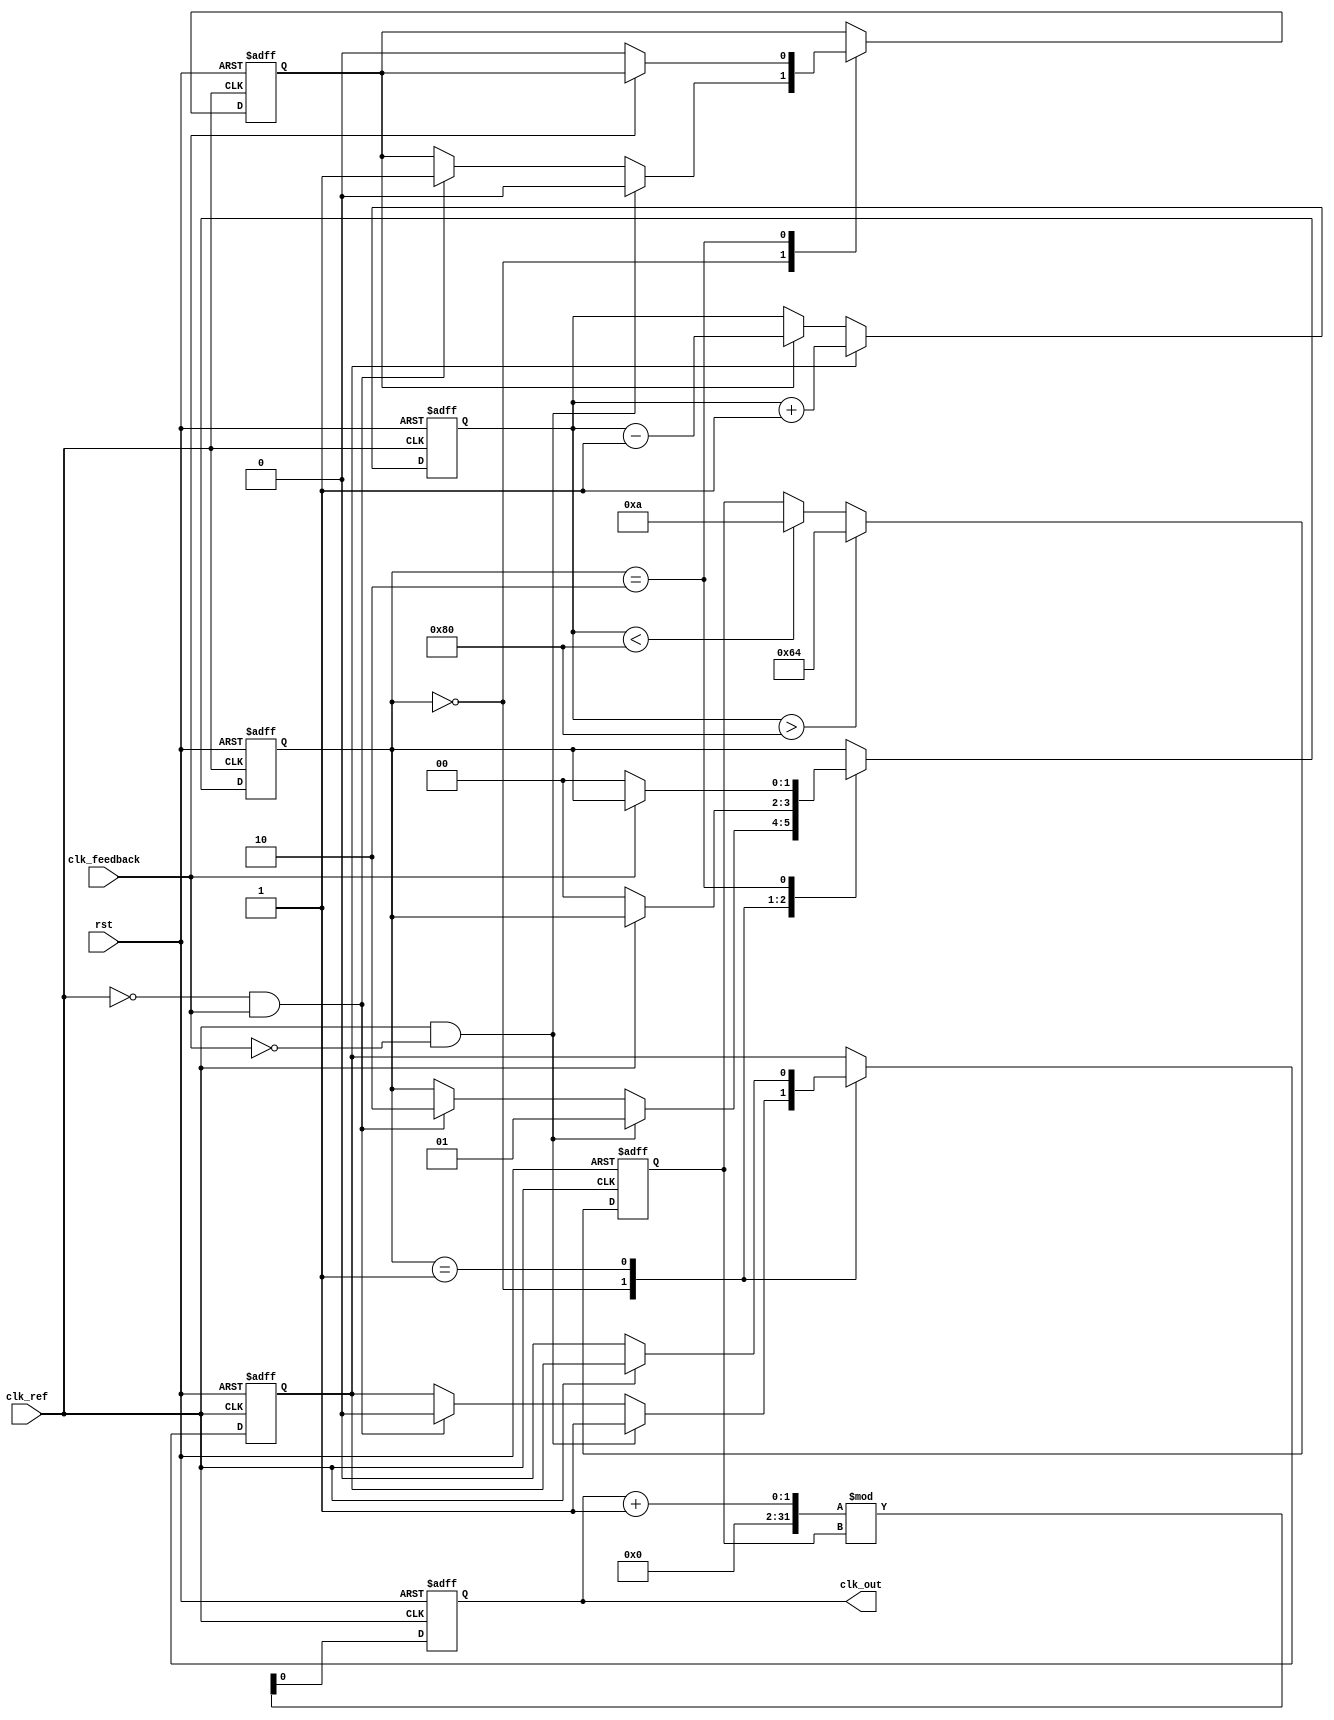
module cp_pll (
    input wire clk_ref,          // Reference clock input
    input wire clk_feedback,     // Feedback clock from VCO
    input wire rst,              // Reset signal
    output reg clk_out           // Output clock from VCO
);

// Parameters for the Charge Pump and Loop Filter
parameter CP_CURRENT = 1'b1; // Charge pump current (1: UP, 0: DOWN)
parameter VCO_MAX_FREQ = 100; // Max frequency of VCO
parameter VCO_MIN_FREQ = 10;   // Min frequency of VCO

// PFD Outputs
reg up, down;
reg [1:0] pfd_state;

// Charge Pump Output
reg cp_output;
reg [7:0] control_voltage; // Control voltage for VCO

// VCO Output
reg [7:0] vco_freq;

// PFD Implementation
always @(posedge clk_ref or posedge rst) begin
    if (rst) begin
        pfd_state <= 2'b00; // Reset state
        up <= 0;
        down <= 0;
    end else begin
        case (pfd_state)
            2'b00: begin // Initial state
                if (clk_ref && !clk_feedback) begin
                    pfd_state <= 2'b01; // Reference clock leads
                    up <= 1;
                    down <= 0;
                end else if (!clk_ref && clk_feedback) begin
                    pfd_state <= 2'b10; // Feedback clock leads
                    up <= 0;
                    down <= 1;
                end
            end
            2'b01: begin // UP state
                if (!clk_ref) begin
                    pfd_state <= 2'b00; // Reset state
                    up <= 0;
                end
            end
            2'b10: begin // DOWN state
                if (!clk_feedback) begin
                    pfd_state <= 2'b00; // Reset state
                    down <= 0;
                end
            end
        endcase
    end
end

// Charge Pump Implementation
always @(posedge clk_ref or posedge rst) begin
    if (rst) begin
        cp_output <= 0;
        control_voltage <= 8'b00000000;
    end else begin
        if (up) begin
            cp_output <= CP_CURRENT; // Source current
            control_voltage <= control_voltage + 1; // Increase control voltage
        end else if (down) begin
            cp_output <= ~CP_CURRENT; // Sink current
            control_voltage <= control_voltage - 1; // Decrease control voltage
        end
    end
end

// Loop Filter Implementation (Simple RC Model)
always @(posedge clk_ref or posedge rst) begin
    if (rst) begin
        clk_out <= 0;
        vco_freq <= VCO_MIN_FREQ; // Start with minimum frequency
    end else begin
        // Simple loop filter effect
        if (control_voltage > 128) begin
            vco_freq <= VCO_MAX_FREQ; // Max frequency
        end else if (control_voltage < 128) begin
            vco_freq <= VCO_MIN_FREQ; // Min frequency
        end
        // Generate output clock based on VCO frequency
        clk_out <= (clk_out + 1) % vco_freq;
    end
end

endmodule